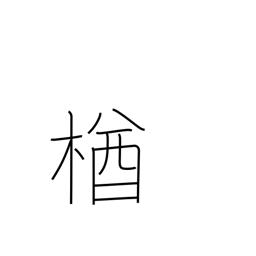
Meaning: oak